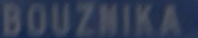
BOUZNIKA